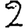
Digit: 2